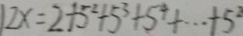
1 2 x = 2 + 5 ^ { 2 } + 5 ^ { 3 } + 5 ^ { 4 } + \cdots + 5 ^ { 2 }